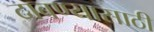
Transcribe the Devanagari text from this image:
दाबण्यासाठी